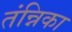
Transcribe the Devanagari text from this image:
तंन्निका